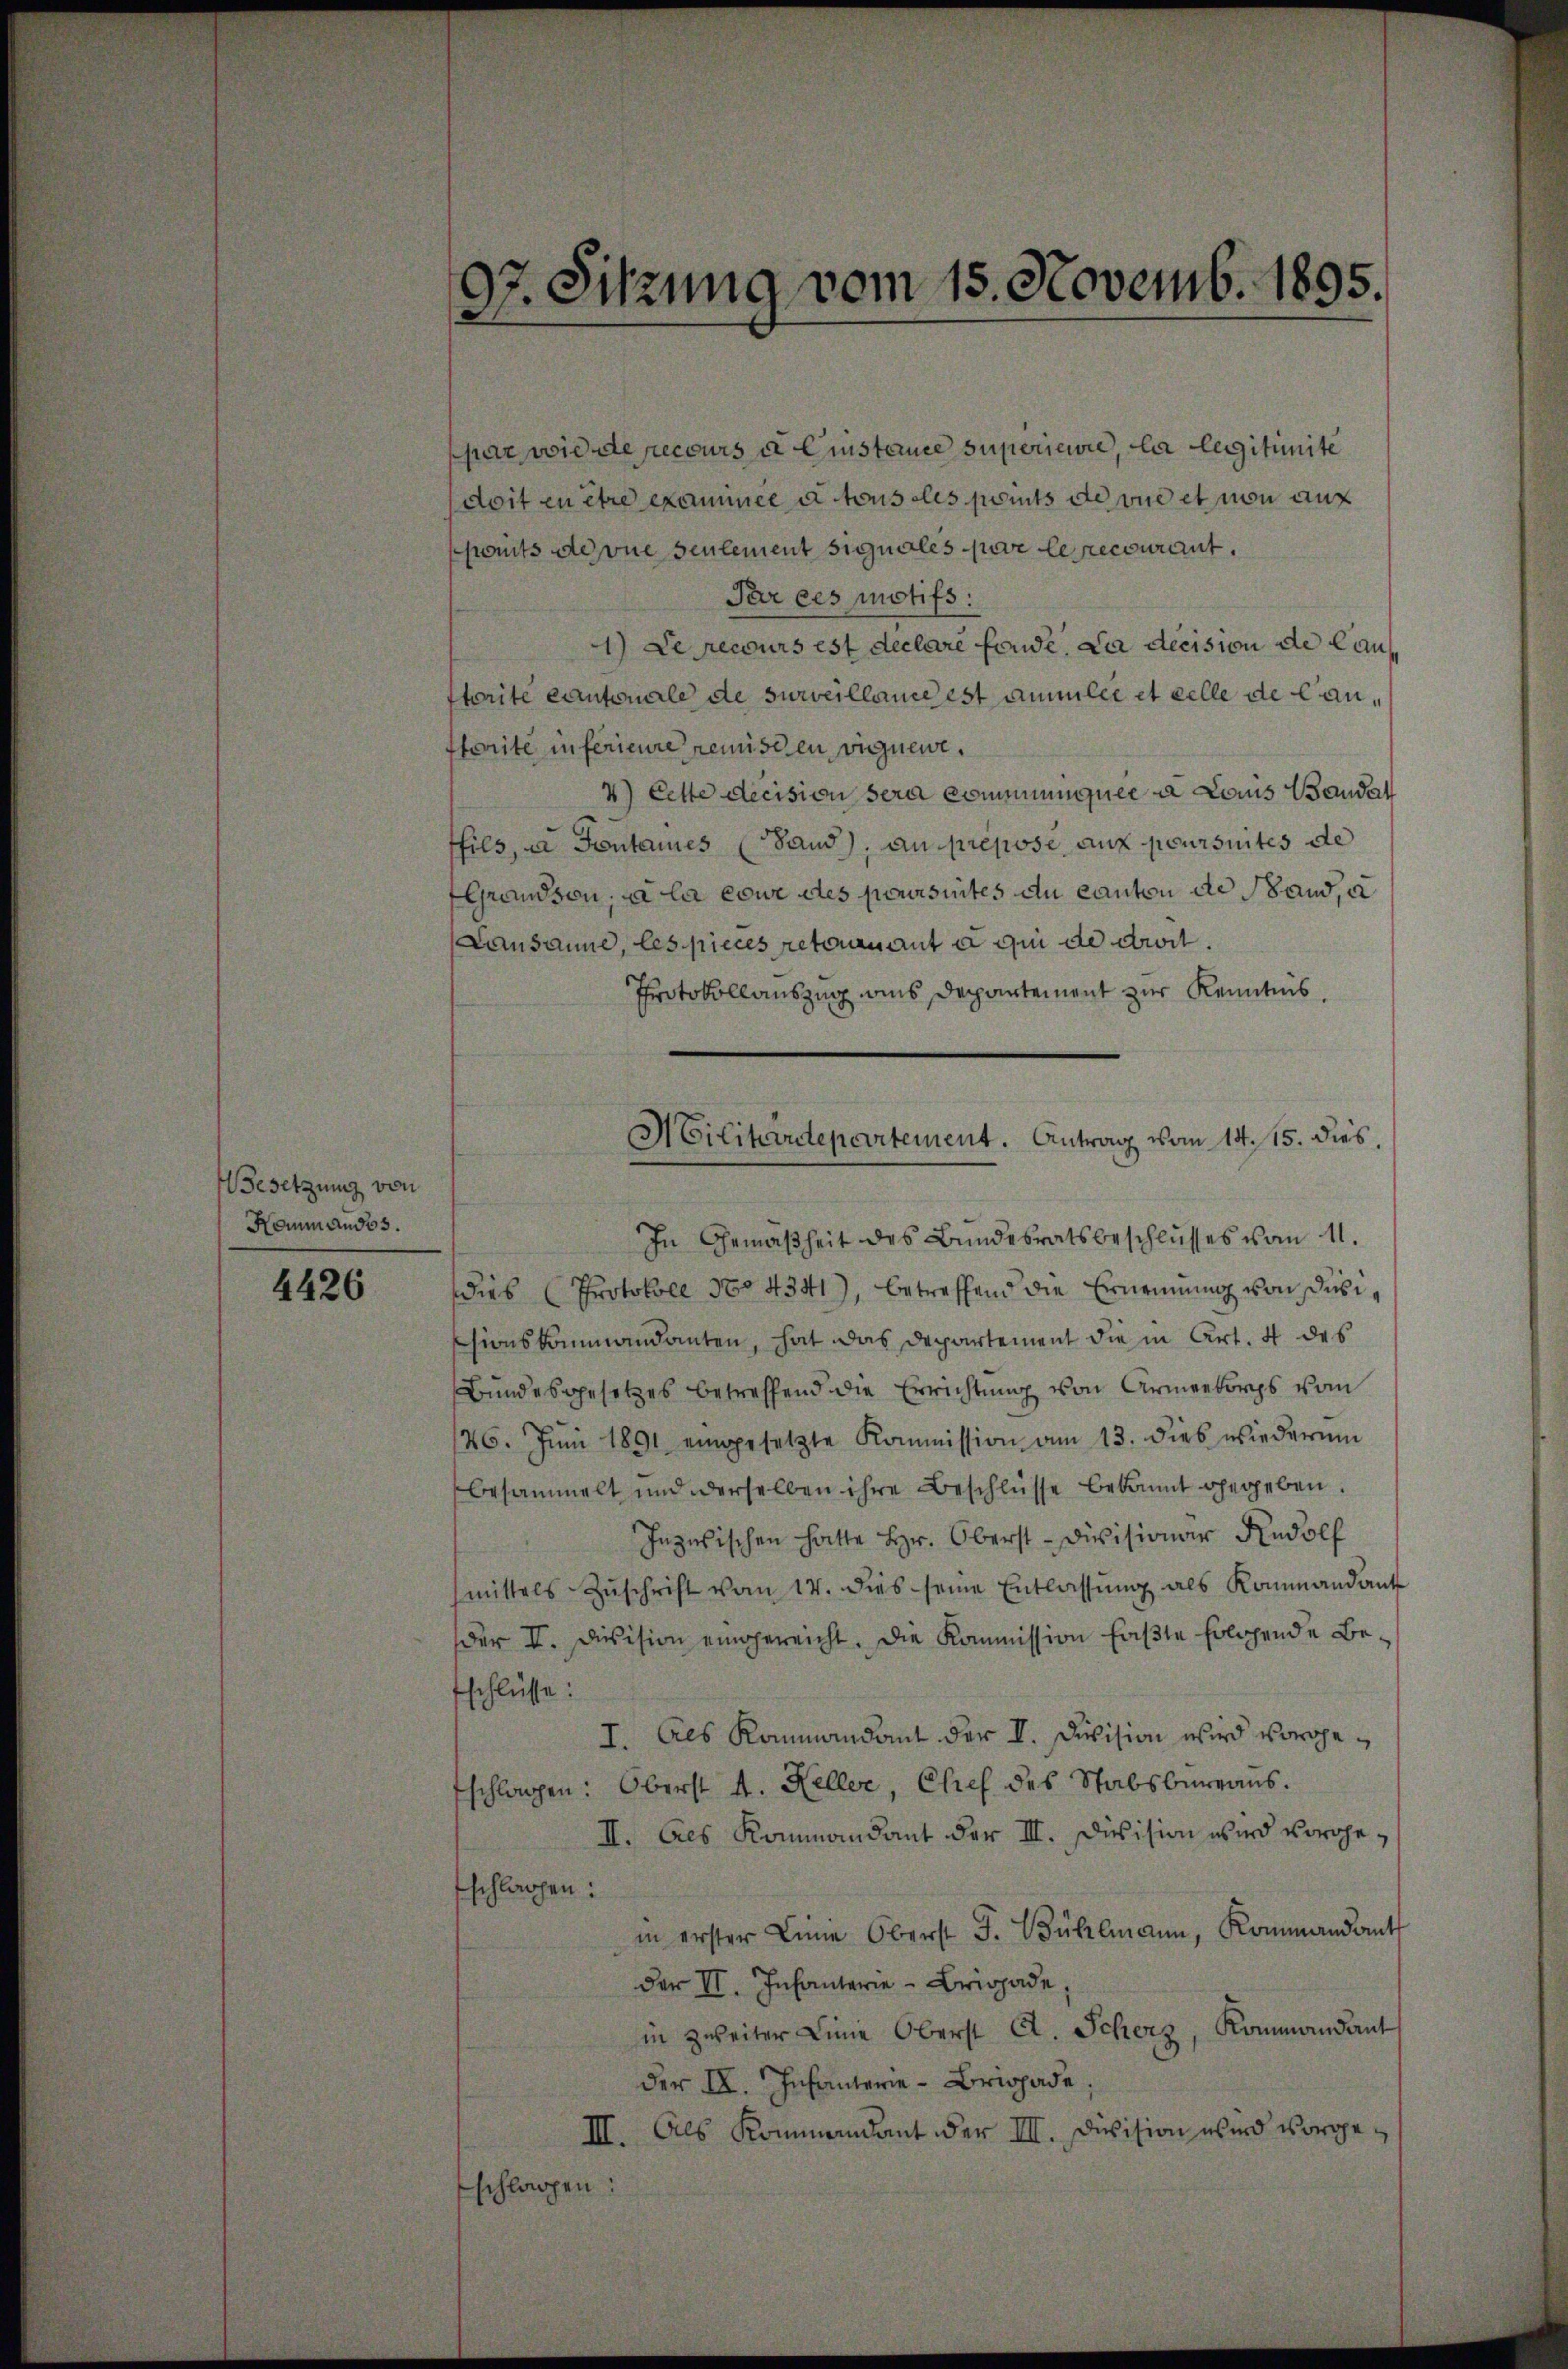
Wesetzung von
Kommandos.
4426

97. Sitzung vom 15. Novemb. 1895.

par, wie de recours u. Einstance superiere, la legitimite
doit en être exammel u. tous les ports de vue et von auf
pots deine seulement signales par le recourant.
Par ces motifs:
1) Le recours est declaré fonde. Da decision de laustorite cantonale de surveillande est annulée et celle de Canstorite in ferieure remiscen vignen.
4) Cette decision sera communquer a Lois Baudat
hils, zu Fontaines Sand), an prepose auf poursuites de
Grandson, da la come des poursuites du canton de Stand, u
Lausanne, les pieces retournant à qui de droit.
Protokollauszug aus Departement zur Kenntnis.
In Gemäßheit des Bundesratsbeschlusses vom 11.
dies Protokoll No 4341), betreffend die Ernennung von dasissionskommandanten, hat das Departement die in Art. 4 des
Bundesgesetzes betreffend die Errichtung von Armeekorps vom
26. Juni 1891 eingesetzte Kommission am 13. dies wiederum
besammelt und derselben ihre Beschlüsse bekannt gegeben.
Inzwischen hatte Hr. Oberst-Divisionar Rudolf
mittels Zŭschrift vom 14. dies seine Entlassŭng als Kommandant
der II. Division eingereicht. Die Kommission faßte Erlichende Beschlüsse:
I. Als Kommandant der II. Division wird vorgefschlagen: Oberst 4. Keller, Chef des Stabsbureaus.
II. Als Kommandant der III. Division wird vorgefschlagen:
in erster Linie Oberst F. Bühlmann, Kommandants
der II. Infanterie-Brigade;
in zweiter Linie Oberst A. Scherz, Kommandant
der IV. Infanterie-Brigade.
III. Als Kommendant der IIII. Division wird vorgeschlagen:

Militärdepartement. Antrag vom 14. 15. dies,